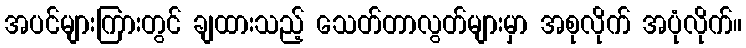
အပင်များကြားတွင် ချထားသည့် သေတ်တာလွတ်များမှာ အစုလိုက် အပုံလိုက်။